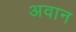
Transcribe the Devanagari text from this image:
अवान